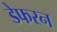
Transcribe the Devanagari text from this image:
डेफरन